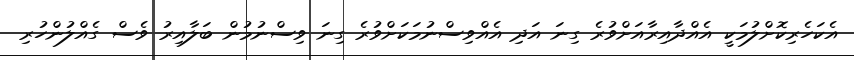
އެކަހެރިކޮށްލުމަކީ އެއްދާއިރާއަށްވުރެ ގިނަ އަދި އެއްވިސްނުމަކަށްވުރެ ގިނަ ވިސްނުމުން ބަލާއިރު ވެސް ގެއްލުންހުރި